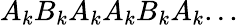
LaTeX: A_{k}B_{k}A_{k}A_{k}B_{k}A_{k}...